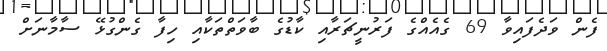
ފެން ވަދެފައިވާ 69 ގެއެއްގެ ފަރުނީޗަރާއި ކާޑުގެ ބާވަތްތަކާއި ހިފާ ގެންގުޅޭ ސާމާނަށް